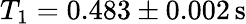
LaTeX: T_{1}=0.483\pm 0.002\mathrm{\, s}